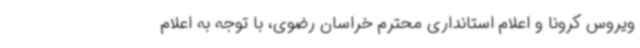
ویروس کرونا و اعلام استانداری محترم خراسان رضوی، با توجه به اعلام